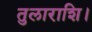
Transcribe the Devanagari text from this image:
तुलाराशि।